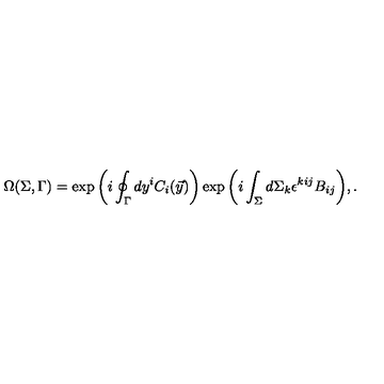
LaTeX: \Omega ( \Sigma , \Gamma ) = \exp { \left( i \oint _ { \Gamma } d y ^ { i } C _ { i } ( \vec { y } ) \right) } \exp { \left( i \int _ { \Sigma } d \Sigma _ { k } \epsilon ^ { k i j } B _ { i j } \right) } , .